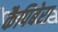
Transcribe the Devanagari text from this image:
कैपिबेरा